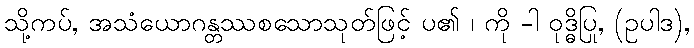
သို့ကပ်, အသံယောဂန္တဿစသောသုတ်ဖြင့် ပ၏ ၊ ကို -ါ ဝုဒ္ဓိပြု, (ဥပါဒ),